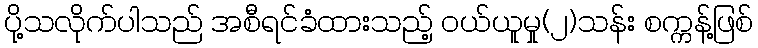
ပို့သလိုက်ပါသည် အစီရင်ခံထားသည့် ဝယ်ယူမှု(၂)သန်း စက္ကန့်ဖြစ်